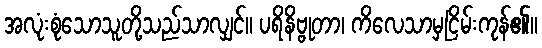
အလုံးစုံသောသူတို့သည်သာလျှင်။ ပရိနိဗ္ဗုတာ၊ ကိလေသာမှငြိမ်းကုန်၏။